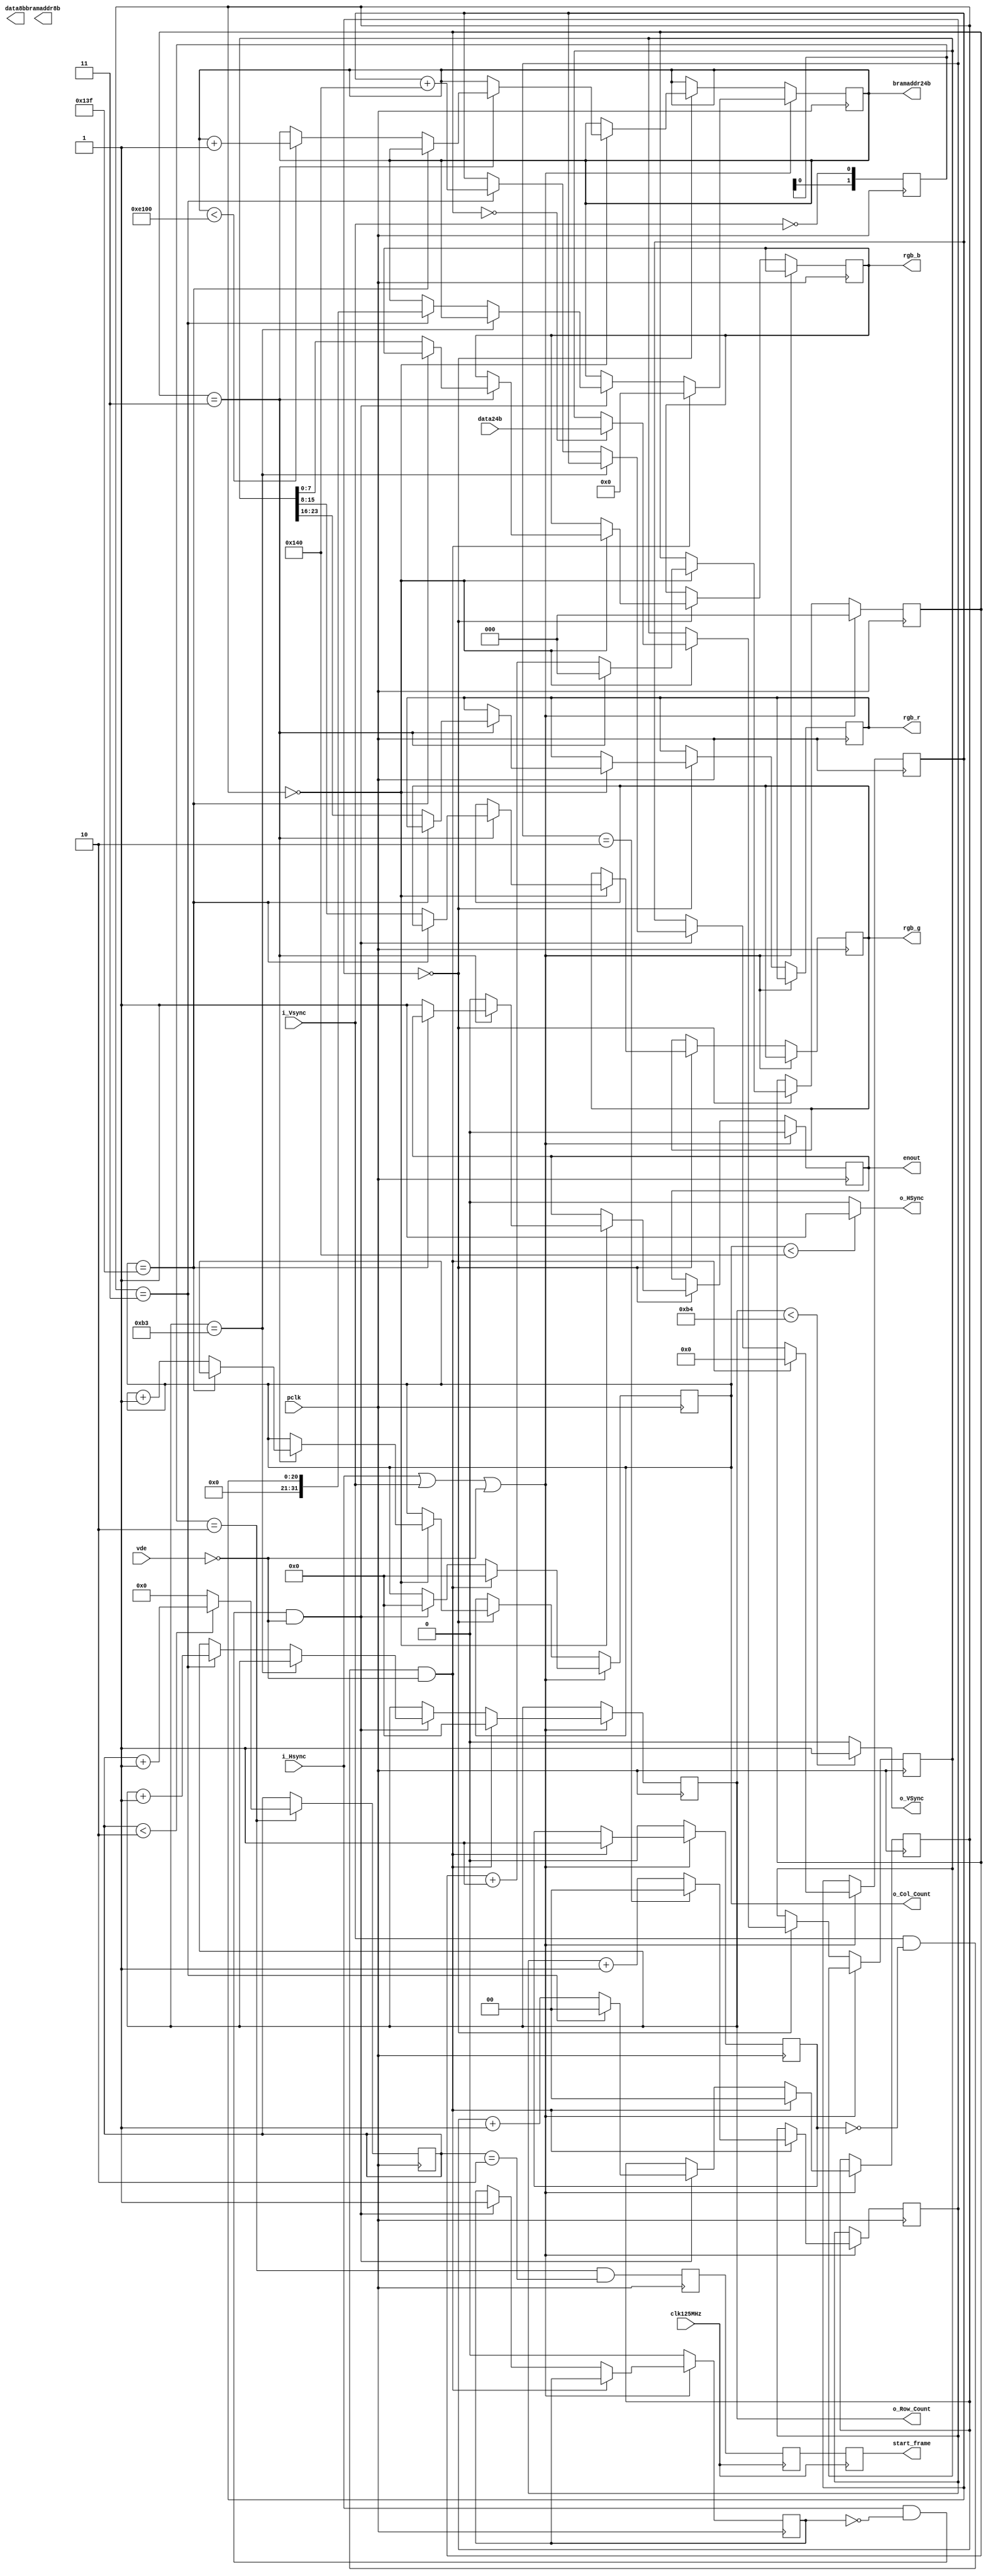

module rgb2bram #(
 parameter ACTIVE_COLS = 320,//640, 
 parameter ACTIVE_ROWS = 180)//480) 

(
	input            clk125MHz, //25.2MHz
	input pclk,
	input wire i_Hsync,
	input wire i_Vsync,
	input wire [23:0] data24b,
	input wire vde,
	output           o_HSync,
	output           o_VSync,
	output reg enout,
	output reg  [21:0] bramaddr8b,
	output reg [7:0] data8b,
	output reg [9:0] o_Col_Count = 0, 
	output reg [9:0] o_Row_Count = 0,
	output reg [31:0] bramaddr24b = 0,
	output reg [7:0] rgb_r,rgb_g,rgb_b,
	(* mark_debug = "true" *) output wire start_frame
 );  
 
 wire i_HSync = !i_Hsync;
 wire i_VSync = !i_Vsync; // =============active reverse=========
// -> active low 

reg [1:0] vsync_fall;
reg start_frame_pck;
reg start_frame_reg;
reg start_frame_reg2;
reg [4:0] vsync_fall_count = 0;
localparam vsync_fall_count_max = 2;
wire [4:0] vsync_fall_count_next = (vsync_fall_count < vsync_fall_count_max ? vsync_fall_count + 1'b1 : 0);

always @(posedge clk125MHz) begin
	start_frame_reg <= start_frame_pck;
	start_frame_reg2 <= start_frame_reg;
end
assign start_frame = start_frame_reg2;

always @(posedge pclk) begin
	vsync_fall <= {vsync_fall[0],i_VSync};
	if (vsync_fall == 2'b10) begin
		vsync_fall_count <= vsync_fall_count_next;
	end
	start_frame_pck <= ( vsync_fall == 2'b10 && (vsync_fall_count == vsync_fall_count_max));
 end
reg [2:0] count_three = 0;
 wire three = (count_three == 2'b11);//=====================modified
reg [23:0] data_sampling = 0;
 reg fallen_h = 0;
 reg fallen_v = 0;
 reg vclk = 0;
 reg half = 0;
 reg [1:0] count_hsync = 0;
 reg [1:0] count_vsync = 0;
 reg [1:0] count_cols = 0;
 reg inaaaa = 0;
 reg [20:0] bramaddr24b_ini = 0;
 always @(posedge pclk) // 25.2MHz
 begin

 
 if ((!i_HSync) || (!i_VSync) || (!vde)) begin // blank
  inaaaa = 1;

 
 count_three <=0;
 
 enout <= 0;
 
  if (!i_VSync && !fallen_v && !vde) begin // next frame.
    bramaddr24b <= 0; // new logic 10/22
    bramaddr24b_ini <= 0;
    fallen_v <= 1;
    if (count_vsync == 2) count_vsync<=0; // 20fps
     else count_vsync <= count_vsync + 1;
    count_three <= 0;
    o_Row_Count <= 0;
    o_Col_Count <= 0;// ichiou
    count_hsync <= 0;
end   
else if (!i_HSync && !fallen_h && !vde) begin
    //vclk <= !vclk;
    o_Col_Count <= 0;
    fallen_h <= 1;
    if (count_hsync == 3) count_hsync <= 0;
    else count_hsync <= count_hsync + 1;
    //if (vclk) begin
    if (o_Row_Count == ACTIVE_ROWS -1)
           o_Row_Count <= o_Row_Count;
    else if (count_hsync == 3) begin o_Row_Count <= o_Row_Count + 1;
    bramaddr24b_ini <= bramaddr24b_ini + ACTIVE_COLS;//420
    bramaddr24b <= bramaddr24b_ini;
        end // next line.
    count_three <= 0;
 end


end else begin // =====not sync
inaaaa = 0;
fallen_h <= 0;
fallen_v <= 0;
if (count_vsync == 0) begin
if (count_hsync == 0) begin

if (count_three == 0) data_sampling <= data24b;

 if (three) begin
 
    count_three <= 0;

 end
 else begin count_three <= count_three + 1'b1;end
 
 if (three) begin // ========row,col countup. 1/3 rate.
   if (o_Col_Count == ACTIVE_COLS -1)
   o_Col_Count <= o_Col_Count;
   else begin 
    if (bramaddr24b < 57600)
        bramaddr24b <= bramaddr24b + 1;
    o_Col_Count <= o_Col_Count + 1'b1;
    enout <= 1;
    rgb_r <= data_sampling[23:16];
    rgb_g <= data_sampling[15:8];
    rgb_b <= data_sampling[7:0];
   end
 
 end else enout <= 0;// end if(three)

 end  
 end  
end
end

 assign o_HSync = o_Col_Count < ACTIVE_COLS ? 1'b1 : 1'b0;
 assign o_VSync = o_Row_Count < ACTIVE_ROWS ? 1'b1 : 1'b0;
 

 
endmodule